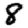
Digit: 8